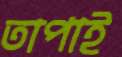
তাপাই